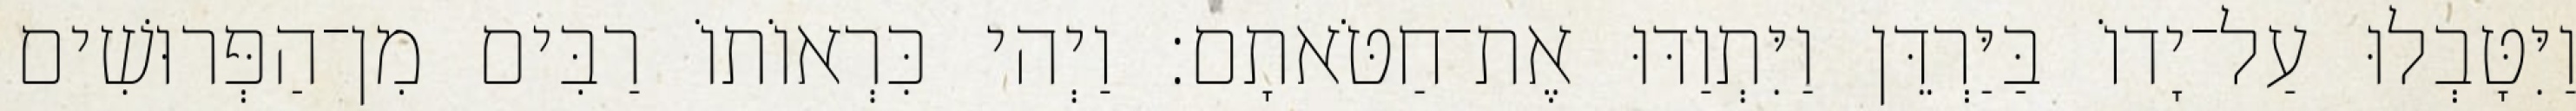
וַיִּטָּבְלוּ עַל־יָדוֹ בַּיַּרְדֵּן וַיִּתְוַדּוּ אֶת־חַטֹּאתָם׃ וַיְהי כִּרְאוֹתוֹ רַבִּים מִן־הַפְּרוּשִׁים